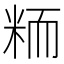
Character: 粫